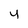
Character: v